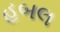
હબલ